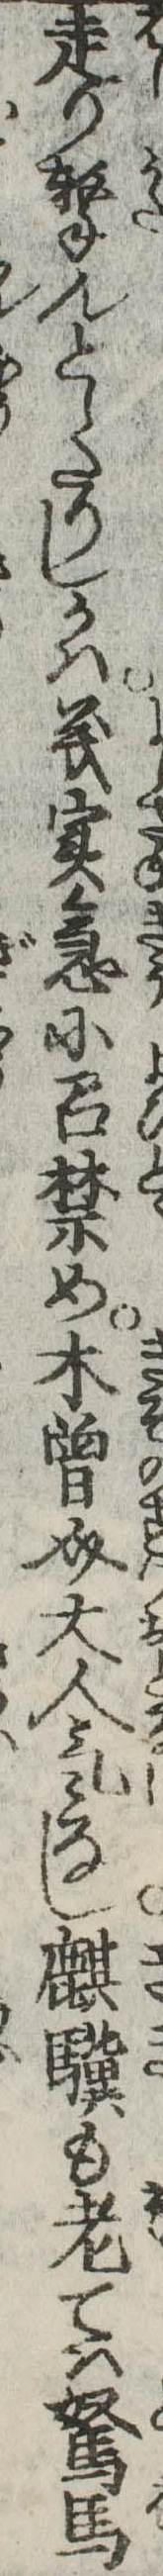
走り撃んとしたりしかは義実急に召禁め木曽介大人気なし麒驥も老ては駑馬